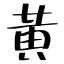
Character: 黄